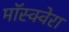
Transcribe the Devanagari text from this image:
मॉस्क्वेरा